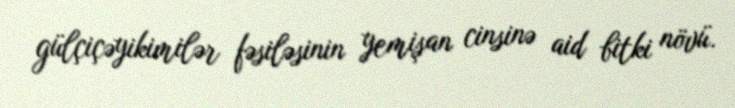
gülçiçəyikimilər fəsiləsinin yemişan cinsinə aid bitki növü.